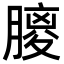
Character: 𦟨